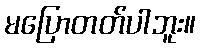
မပြောတတ်ပါဘူး။